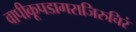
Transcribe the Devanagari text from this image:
वापीकूपडागराजिरुचिरं